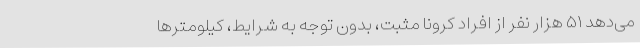
می‌دهد ۵۱ هزار نفر از افراد کرونا مثبت، بدون توجه به شرایط، کیلومترها